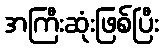
အကြီးဆုံးဖြစ်ပြီး